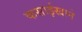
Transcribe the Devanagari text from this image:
कसाईखाने